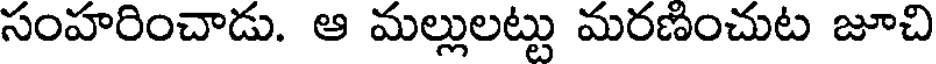
సంహరించాడు. ఆ మల్లులట్టు మరణించుట జూచి